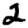
Digit: 2